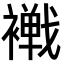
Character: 𧝧